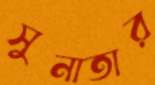
সুনাতার